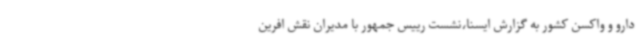
دارو و واکسن کشور به گزارش ایسنا،نشست رییس جمهور با مدیران نقش افرین